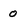
Character: 0